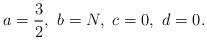
LaTeX: \begin{align*}a=\frac{3}{2},~b=N,~c=0,~d=0.\end{align*}